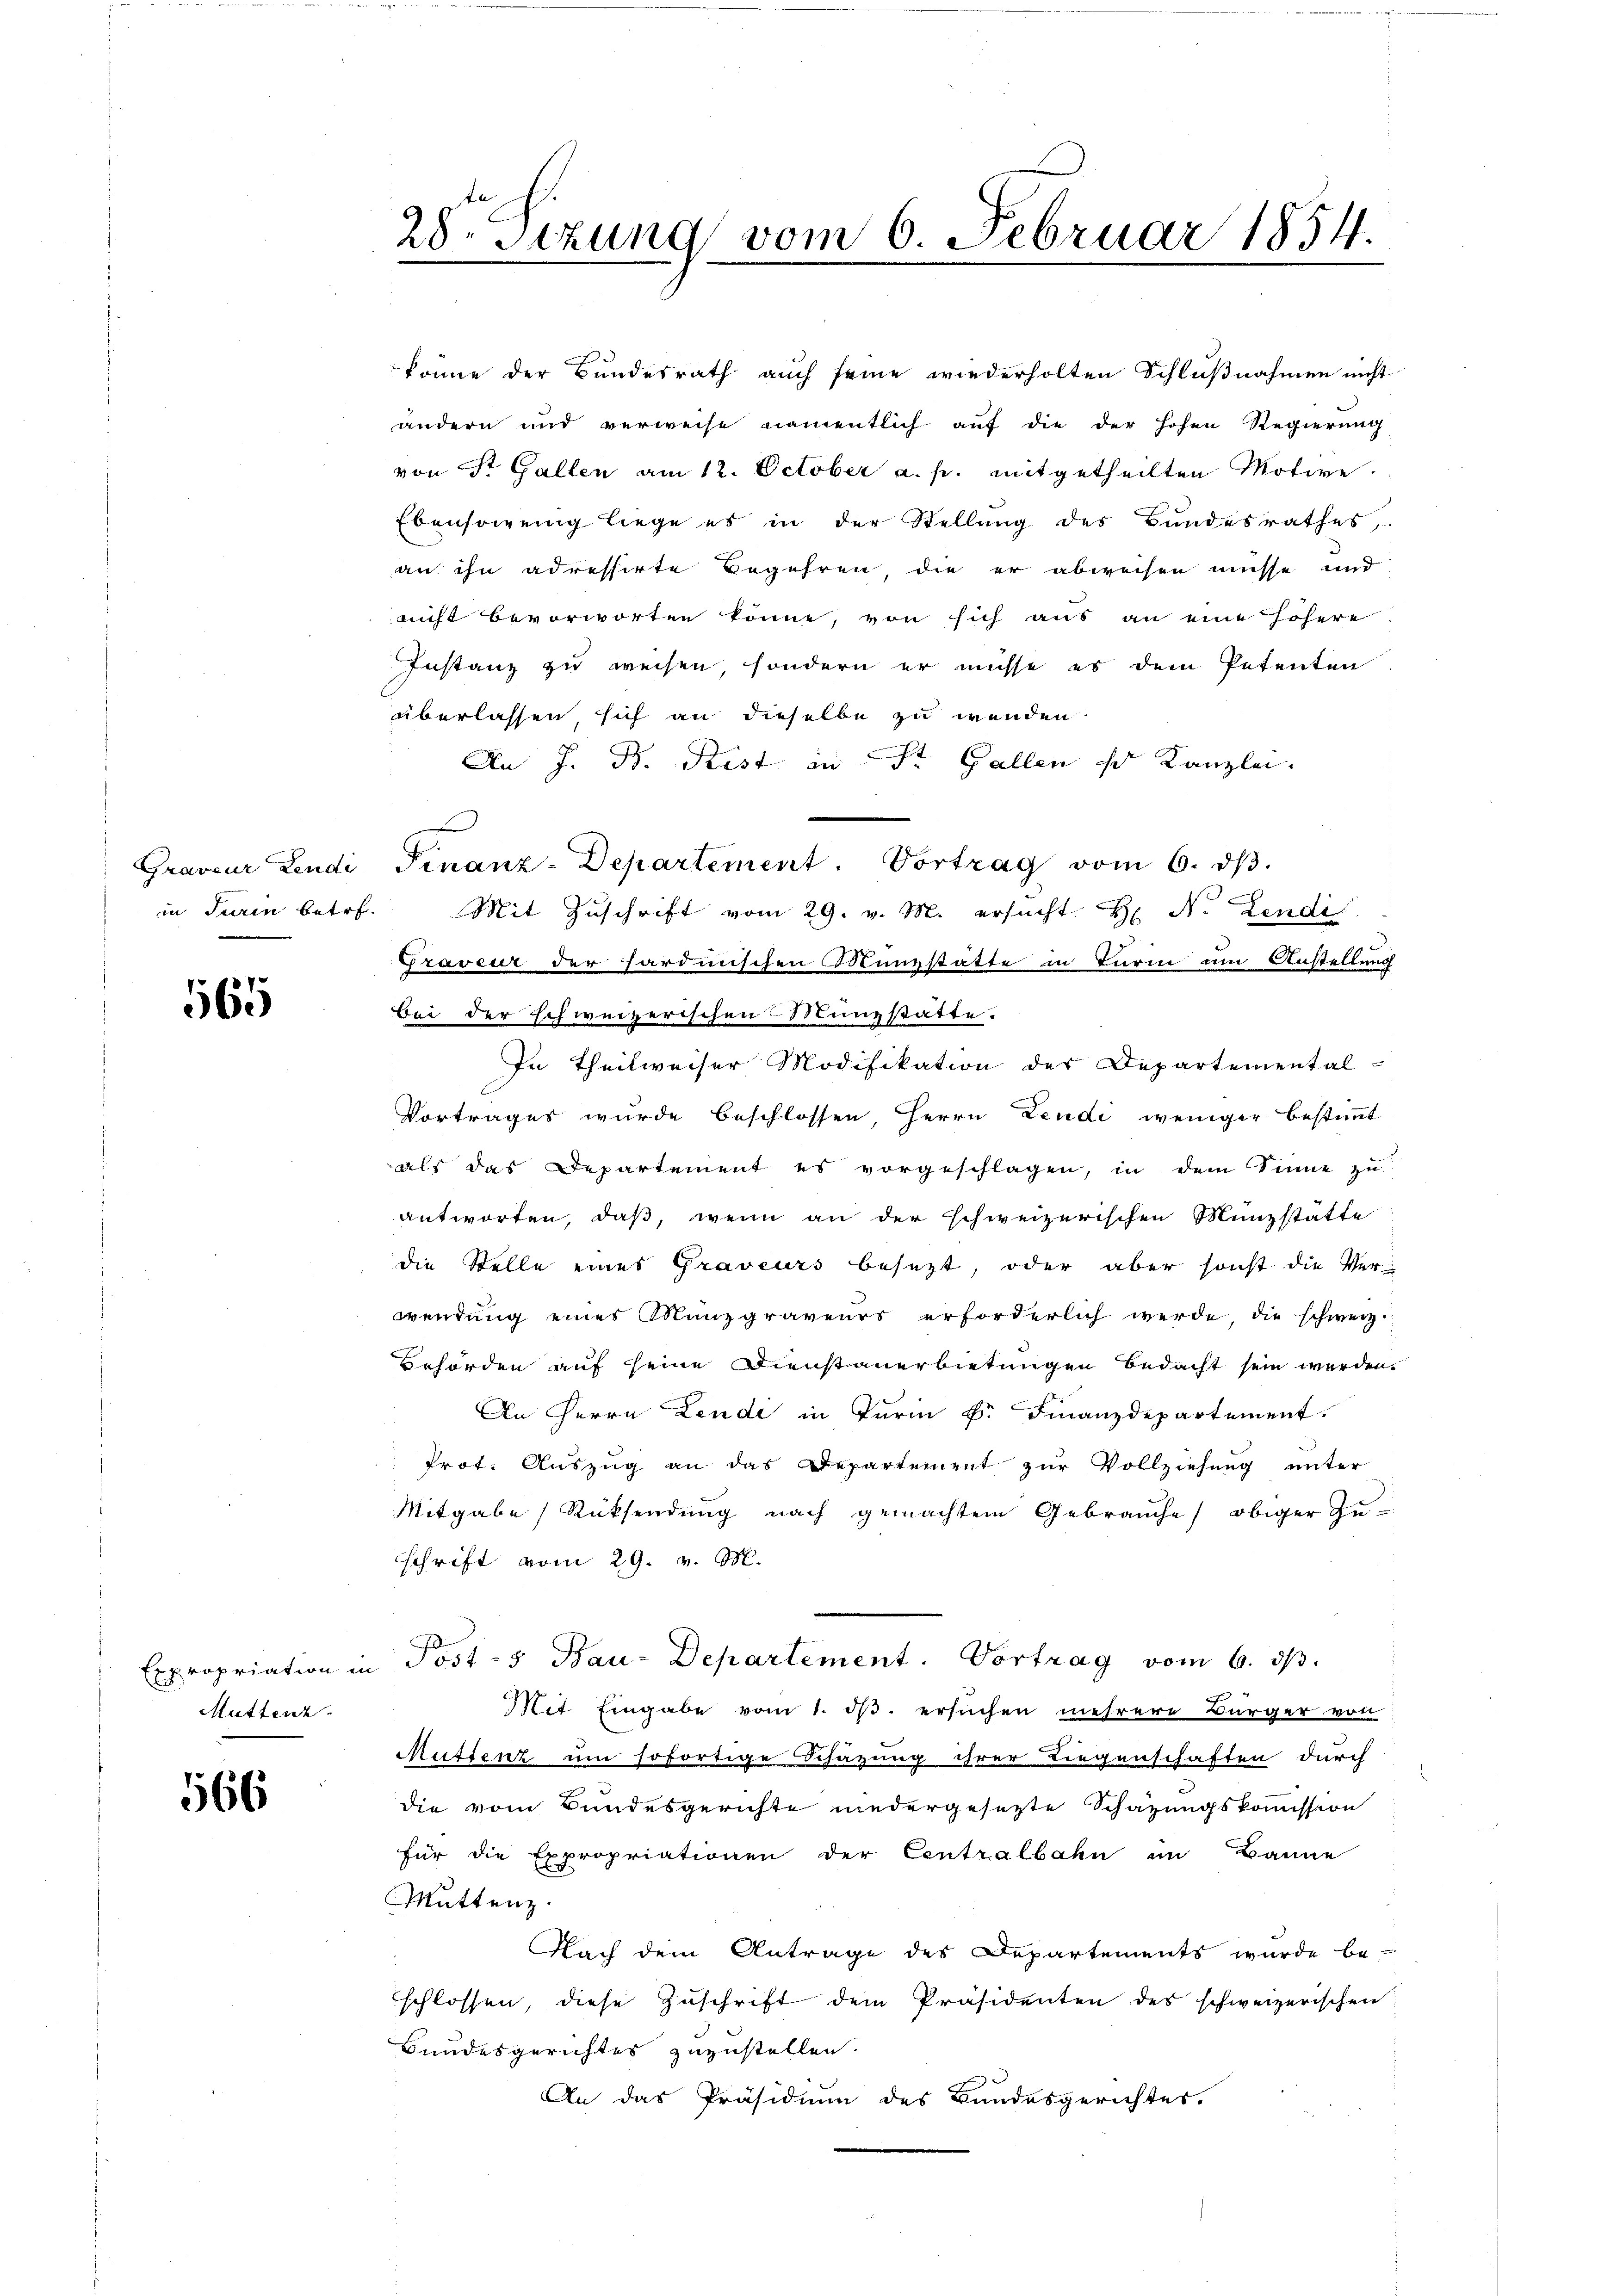
Graveur Lendi
in sein betr.

565

Expropriation in
Muttenz

566

28ten Sizung vom 6. Februar 1854.

könne der Bundesrath aŭch seine wiederholten Schlŭβnahmen nicht
andern und verweise namentlich auf die der hohen Regierung
von Dr. Gallen am 12. October a. p. mitgetheilten Motive
Ebensowenig liege es in der Stellung des Bundesrathes,
an ihn adressirte Begehren die er abweisen müsse und
nicht bevorworten könne, von sich aus an eine höhere
Instanz zu weisen, sondern er müsse es dem Petenten
überlassen sich an dieselbe zu wenden.
An J. B. Frist an St. Gallen so Kanzlei.
Mit Zuschrift vom 29. v. M. ersucht. H. N. Lendi
Graveur der harduischen Münzstätte in Turm um Anstellung
bei der schweizerischen Münzstatte.
In Theilweiser Modifikation der Departemental-
Vortrages wurde beschlossen, Herrn Leudi weniger bestimmt
als das Departement es vorgeschlagen, in dem Sinne zu
antworten, daß, wenn an der schweizerischen Münzstatte
die Stelle eines Graveurs besezt, oder aber sonst die Verwendung eines Münzgraveurs erforderlich werde, die schweiz.
behörden auf seine Dienstauerbietungen bedacht sein werden.
An Herrn Lendi in Turin k. Finanzdepartement.
Prot. Auszug an das Departement zur Vollziehung unter
Mitgabe Rücksendung nach gemachtem Gebrauche obiger Zu-
schrift vom 29. v. M.
Posts Bau-Departement. Vortrag vom 6. ds.
Mit Eingabe vom 1. ds. ersuchen mehrere Bürger von
Muftenz um sofortige Schäzung ihrer Liegenschaften durch
die vom Bundesgerichte niedergesezte Schazungskommission
für die Expropriationen der Centralbahn im Banne
Muttenz.
Nach dem Antrage des Departements wurde be-
schlossen, diese Zuschrift dem Präsidenten des schweizerischen
Bundesgerichtes zuzustellen.
An das Präsidium des Bundesgerichtes.

Finanz-Departement. Vortrag vom 6. dβ.